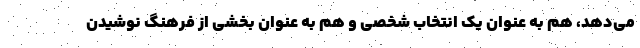
می‌دهد، هم به عنوان یک انتخاب شخصی و هم به عنوان بخشی از فرهنگ نوشیدن